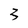
Character: 3